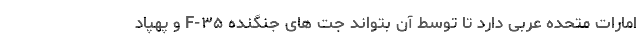
امارات متحده عربی دارد تا توسط آن بتواند جت های جنگنده F-۳۵ و پهپاد